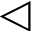
\triangleleft